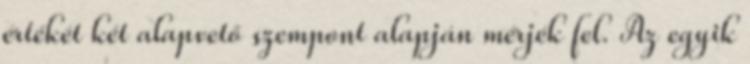
értékét két alapvető szempont alapján mérjék fel. Az egyik